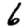
Digit: 6